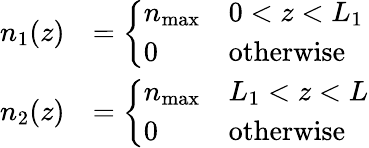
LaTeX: \begin{array}{rl}{n_{1}(z)}&{=\left\{ \begin{array}{ll}{n_{\mathrm{max}}}&{0<z<L_{1}}\\ {0}&{\mathrm{otherwise}}\end{array}\right.}\\ {n_{2}(z)}&{=\left\{ \begin{array}{ll}{n_{\mathrm{max}}}&{L_{1}<z<L}\\ {0}&{\mathrm{otherwise}}\end{array}\right.}\end{array}